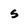
Character: s